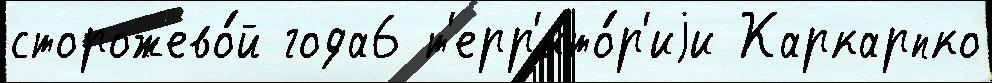
сторожево́й года6 т'ерр'ито́р'иjи Каркарпко